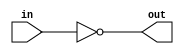
module hello(input in, output reg out);
	always@(*)
	begin
	out=~in;	
	end
endmodule